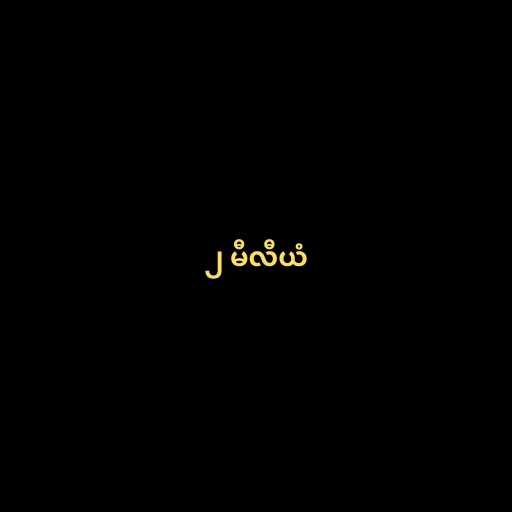
၂ မီလီယံ